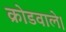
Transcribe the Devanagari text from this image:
क्रोडवाले।